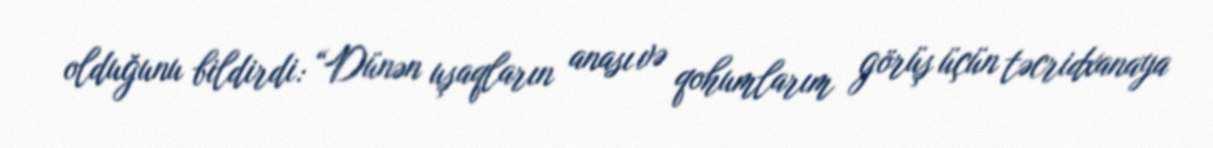
olduğunu bildirdi: “Dünən uşaqların anası və qohumlarım görüş üçün təcridxanaya